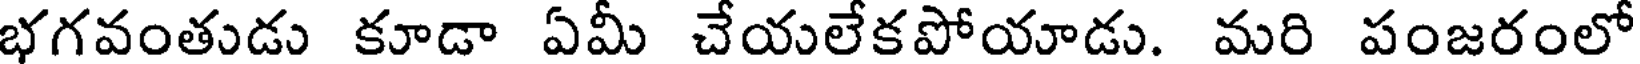
భగవంతుడు కూడా ఏమీ చేయలేకపోయాడు. మరి పంజరంలో